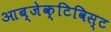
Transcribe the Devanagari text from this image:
आब्जेक्टिविस्ट